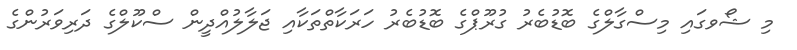
މި ޝޯވގައި މިސްގާލްގެ ބޮޑުބެރު ގުރޫޕްގެ ބޮޑުބެރު ހަރަކާތްތަކާއި ޖަލާލުއްދީން ސްކޫލްގެ ދަރިވަރުންގެ